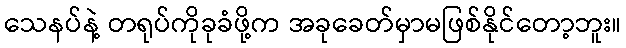
သေနပ်နဲ့ တရုပ်ကိုခုခံဖို့က အခုခေတ်မှာမဖြစ်နိုင်တော့ဘူး။